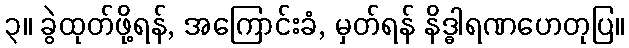
၃။ ခွဲထုတ်ဖို့ရန်, အကြောင်းခံ, မှတ်ရန် နိဒ္ဓါရဏဟေတုပြ။